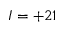
I = + 2 1